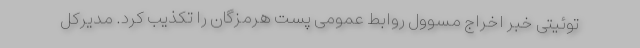
توئیتی خبر اخراج مسوول روابط عمومی پست هرمزگان را تکذیب کرد. مدیرکل